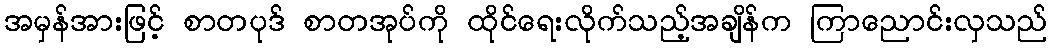
အမှန်အားဖြင့် စာတပုဒ် စာတအုပ်ကို ထိုင်ရေးလိုက်သည့်အချိန်က ကြာညောင်းလှသည်